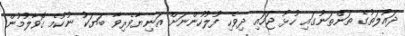
ދައުލަތުގެ ތަންތަނުގައި ހުޅު ޖަހައި ދިވެހި ފުލުހުންނަށް އަނިޔާވެރިވާ ބަޔަކު ނުކުމެ ގޮވާލުމުން